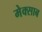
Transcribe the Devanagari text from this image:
मेक्साब